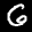
Digit: 6